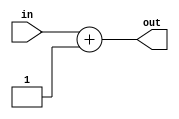
module Increment5bit(
  input   [4:0]in,
  output  [4:0]out
  );
  
  assign out = in + 5'b00001;
  
  endmodule